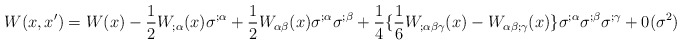
\begin{align*}W(x,x')=W(x)-\frac{1}{2}W_{;\alpha}(x) \sigma^{;\alpha}+\frac{1}{2}W_{\alpha \beta}(x)\sigma^{;\alpha} \sigma^{;\beta}+\frac{1}{4}\{\frac{1}{6}W_{;\alpha\beta\gamma}(x)-W_{\alpha\beta;\gamma}(x)\}\sigma^{;\alpha}\sigma^{;\beta}\sigma^{;\gamma}+0(\sigma^{2})\end{align*}